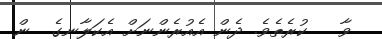
ވާ   ކުރެތެވެ. ދެން އެއުރެންނަށް އެކަލާނގެ  ން